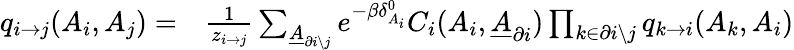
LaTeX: \begin{array}{rl}{q_{i\rightarrow j}(A_{i},A_{j})=}&{{}\frac{1}{z_{i\rightarrow j}}\sum_{\underline{{A}}_{\partial i\backslash j}}e^{-\beta\delta_{A_{i}}^{0}}C_{i}(A_{i},\underline{{A}}_{\partial i})\prod_{k\in\partial i\backslash j}q_{k\rightarrow i}(A_{k},A_{i})}\end{array}